Civil Veterinary Dept. Bombay admin report 1893-99 - 1893-1899
Year: 1893
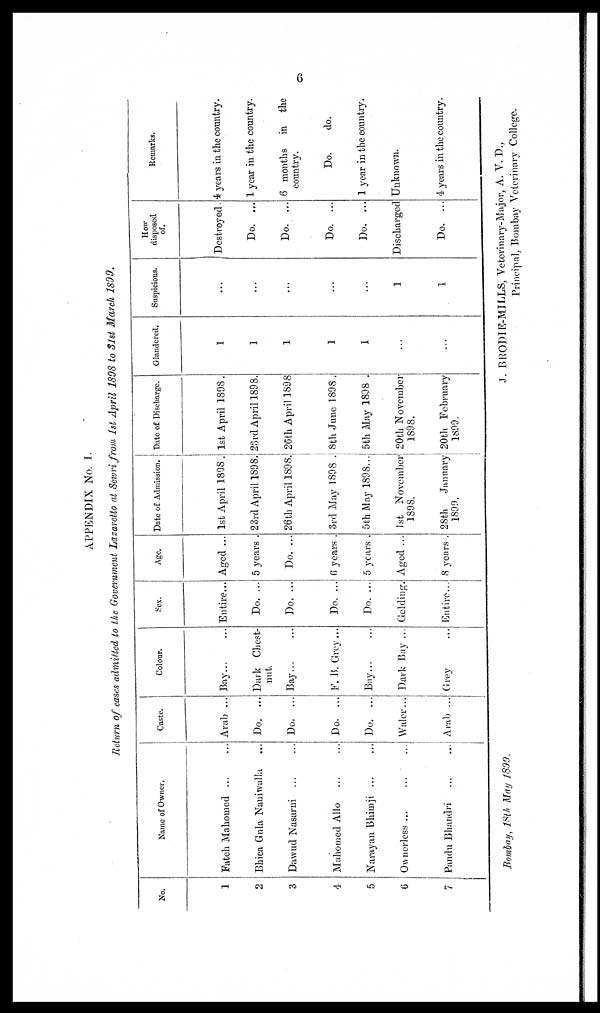
6
APPENDIX No. I.
Return of cases admitted to the Government Lazaretto at Sewri from 1st April 1898 to 3lst March 1899.
No.
1
2
3
4
5
6
7
Name of Owner.
Fateh Mahomed ... ...
Bhica Gula Naniwalla ...
Dawud Nasarni ... ...
Mahomed Allo ... ...
Narayan Bhimji ... ...
Ownerless ... ... ...
Pandu Bhandri ... ...
Caste.
Arab ...
Do. ...
Do. ...
Do. ...
Do. ...
Waler...
Arab ...
Colour.
Bay ... ...
Dark Chest-
nut.
Bay ... ...
F. B. Grey ...
Bay ... ...
Dark Bay ...
Grey ...
Sex.
Entire...
Do. ...
Do. ...
Do. ...
Do. ...
Gelding.
Entire...
Age.
Aged ...
5 years.
Do. ...
6 years .
5 years .
Aged ...
8 years .
Date of Admission.
1st April 1898.
23rd April 1898.
26th April 1898.
3rd May 1898 .
5th May 1898...
1st November
1898.
28th
January
1899.
Date of Discharge.
1st April 1898.
23rd April 1898.
26th April 1898
8th June 1898.
5th May 1898 .
20th November
1898.
20th February
1899.
Glandered.
1
1
1
1
1
...
...
Suspicious.
...
...
...
...
1
1
How
disposed
of.
Destroyed.
Do. ...
Do. ...
Do. ...
Do. ...
Discharged
Do. ...
Remarks.
4 years in the country.
1 year in the country.
6 months in the
country.
Do.
do.
1 year in the country.
Unknown.
4 years in the country.
Bombay, 18th May 1899.
J. BRODIE-MILLS, Veterinary-Major, A. V. D.,
Principal, Bombay Veterinary College.